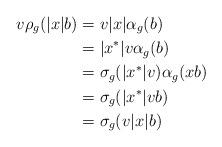
LaTeX: \begin{align*}v\rho_g(|x|b) &= v|x|\alpha_g(b)\\&= |x^*|v\alpha_g(b)\\&= \sigma_g(|x^*|v)\alpha_g(xb)\\&= \sigma_g(|x^*|vb)\\&= \sigma_g(v|x|b)\end{align*}